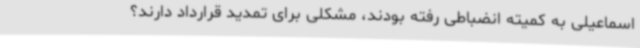
اسماعیلی به کمیته انضباطی رفته بودند، مشکلی برای تمدید قرارداد دارند؟